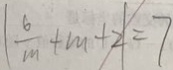
\vert \frac { 6 } { m } + m + 2 \vert = 7